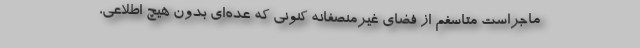
ماجراست‌ ‌متاسفم از فضای غیرمنصفانه کنونی که عده‌ای بدون هیچ اطلاعی،